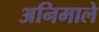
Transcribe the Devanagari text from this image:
अनिमाले